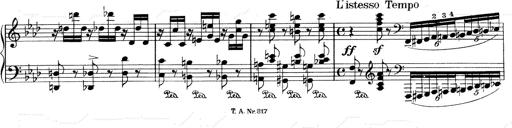
Title: Weinen, Klagen, Sorgen, Zagen
Composer: Franz Liszt